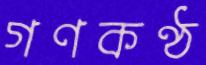
গণকণ্ঠ